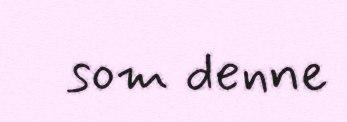
som denne